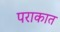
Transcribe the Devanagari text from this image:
पराकात